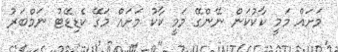
މަށައް މަމީ ކާކުކަން ނޭންގޭ މަމީ ކާކު މަށައް މަގޭ ކެޑިޑޭޓު ނަމްބަރު